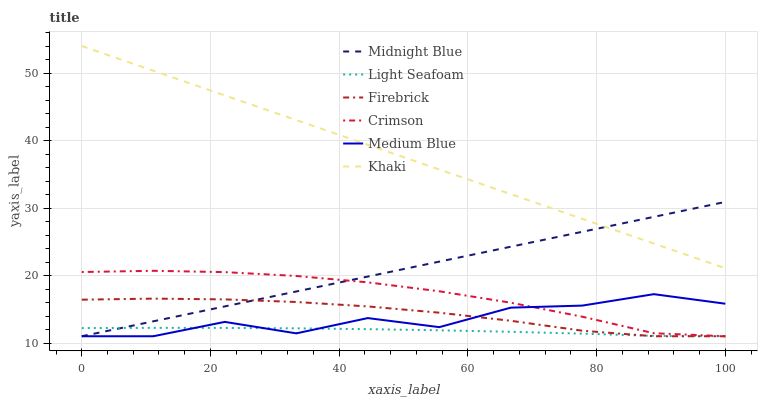
| xaxis_label | Midnight Blue | Light Seafoam | Firebrick | Crimson | Medium Blue | Khaki |
 | --- | --- | --- | --- | --- | --- | --- |
 | 0 | 11 | 12.2 | 16.4 | 20.5 | 11 | 54 |
 | 11.1 | 13.2 | 12.2 | 16.6 | 20.7 | 11 | 50.3 |
 | 22.2 | 15.4 | 12.2 | 16.5 | 20.5 | 13.1 | 46.7 |
 | 33.3 | 17.6 | 12.2 | 16.1 | 19.9 | 11.4 | 43 |
 | 44.4 | 19.8 | 12.1 | 15.4 | 19 | 13.7 | 39.4 |
 | 55.6 | 22.1 | 11.9 | 14.5 | 17.7 | 12.3 | 35.7 |
 | 66.7 | 24.3 | 11.7 | 13.3 | 16 | 15.2 | 32.1 |
 | 77.8 | 26.5 | 11.4 | 11.8 | 13.9 | 15.5 | 28.4 |
 | 88.9 | 28.7 | 11.1 | 11 | 11.4 | 17.2 | 24.7 |
 | 100 | 30.9 | 11 | 11 | 11 | 15.8 | 21.1 |